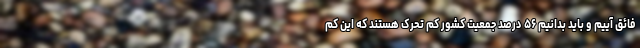
فائق آییم و باید بدانیم ۵۶ درصد جمعیت کشور کم تحرک هستند که این کم